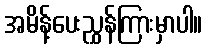
အမိန့်ပေးညွှန်ကြားမှာပါ။